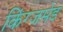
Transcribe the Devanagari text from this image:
किंग्जमेड